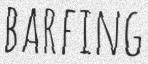
BARFING